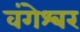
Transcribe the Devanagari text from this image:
वंगेश्‍वर